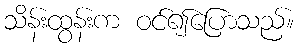
သိန်းထွန်းက ဝင်၍ပြောသည်။